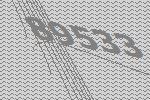
89533